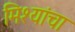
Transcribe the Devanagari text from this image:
मिश्यांचा